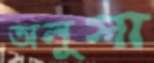
অনুসা